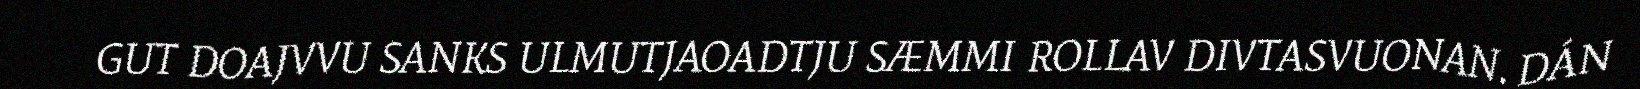
GUT DOAJVVU SANKS ULMUTJAOADTJU SÆMMI ROLLAV DIVTASVUONAN. DÁN